Civil Veterinary Department Bihar & Orissa reports 1929-36 - 1929-1936
Year: 1929
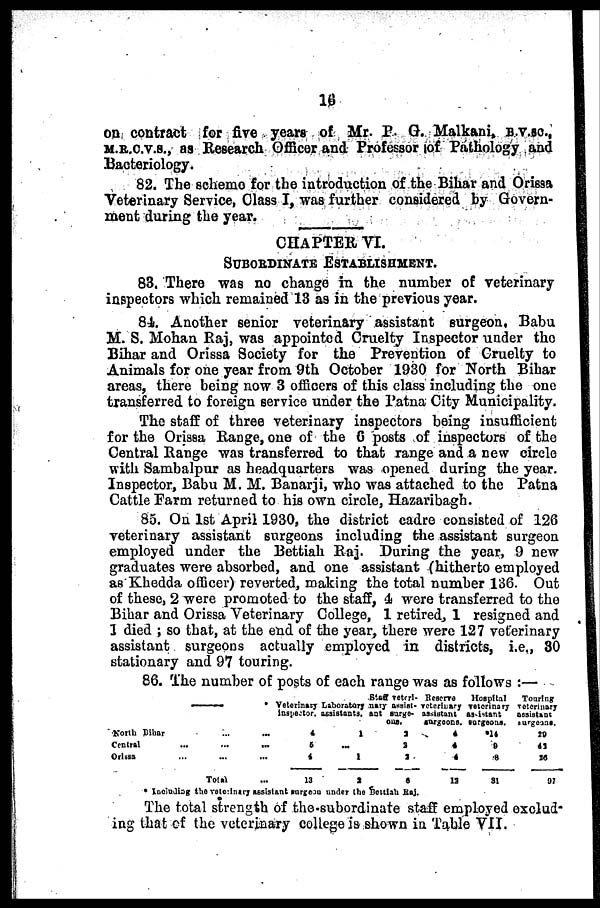
10
on contract for five years of Mr. P. G. Malkani, B.V.SC.,
M.R.C.V.S., as Research Officer and Professor of Pathology and
Bacteriology.
82. The scheme for the introduction of the Bihar and Orissa
Veterinary Service, Class I, was further considered by Govern-
ment during the year.
CHAPTER, VI.
SUBORDINATE ESTABLISHMENT.
83. There was no change in the number of veterinary
inspectors which remained 13 as in the previous year.
84. Another senior veterinary assistant surgeon, Babu
M. S. Mohan Raj, was appointed Cruelty Inspector under the
Bihar and Orissa Society for the Prevention of Cruelty to
Animals for one year from 9th October 1930 for North Bihar
areas, there being now 3 officers of this class including the one
transferred to foreign service under the Patna City Municipality.
The staff of three veterinary inspectors being insufficient
for the Orissa Range, one of the C posts of inspectors of the
Central Range was transferred to that range and a new circle
with Sambalpur as headquarters was opened during the year.
Inspector, Babu M. M. Banarji, who was attached to the Patna
Cattle Farm returned to his own circle, Hazaribagh.
85. On 1st April 1930, the district cadre consisted of 126
veterinary assistant surgeons including the assistant surgeon
employed under the Bettiah Raj. During the year, 9 new
graduates were absorbed, and one assistant (hitherto employed
as Khedda officer) reverted, making the total number 136. Out
of these, 2 were promoted to the staff, 4 were transferred to the
Bihar and Orissa Veterinary College, 1 retired, 1 resigned and
1 died ; so that, at the end of the year, there were 127 veterinary
assistant surgeons actually employed in districts, i.e., 30
stationary and 97 touring.
86. The number of posts of each range was as follows :—
–––
North Bihar
...
...
Central ... ... ...
Orissa ... ... ...
Total ...
Veterinary
inspector.
4
6
4
13
Laboratory
assistants.
1
...
1
2
Staff veteri-
nary assist-
ant surge-
ons.
2
2
2
6
Reserve
veterinary
assistant
surgeons.
4
4
4
12
Hospital
veterinary
assistant
surgeons.
.14
9
.8
81
Touring
veterinary
assistant
surgeons.
20
41
15
97
* Including the vete-Inary assistant surgeon under the Bettfah Raj.
The total strength of the subordinate staff employed exclud-
ing that of the veterinary college is shown in Table VII.